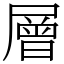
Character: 層